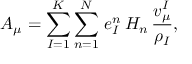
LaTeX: A _ { \mu } = \sum _ { I = 1 } ^ { K } \sum _ { n = 1 } ^ { N } \, e _ { I } ^ { n } \, H _ { n } \, { \frac { v _ { \mu } ^ { I } } { \rho _ { I } } } ,